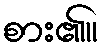
စား၏။